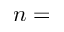
n =